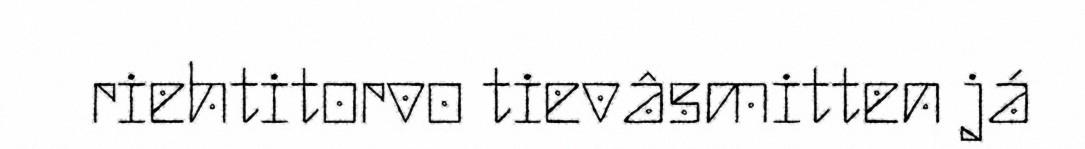
riehtitorvo tievâsmitten já